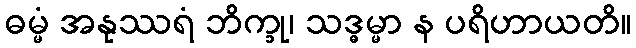
ဓမ္မံ အနုဿရံ ဘိက္ခု၊ သဒ္ဓမ္မာ န ပရိဟာယတိ။